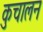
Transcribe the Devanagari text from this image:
कुचालन